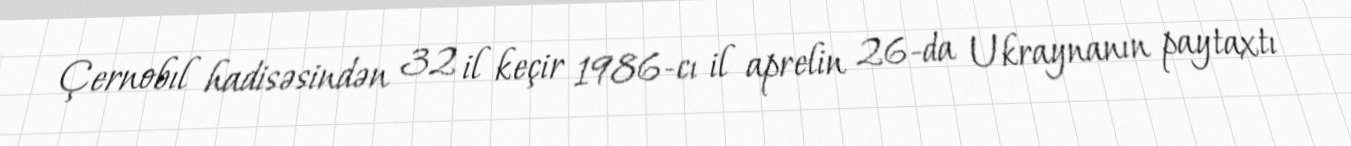
Çernobıl hadisəsindən 32 il keçir 1986-cı il aprelin 26-da Ukraynanın paytaxtı